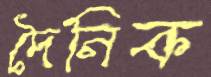
দৈনিক